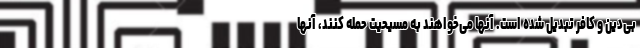
بی‌دین و کافر تبدیل شده است. آنها می‌خواهند به مسیحیت حمله کنند، آنها